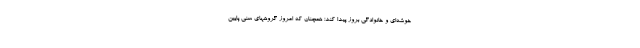
خوشه‌ای و خانوادگی بروز پیدا کند؛ همچنان که امروز گروههای سنی پایین